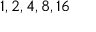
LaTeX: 1 , 2 , 4 , 8 , 1 6